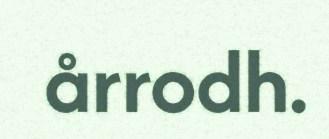
årrodh.